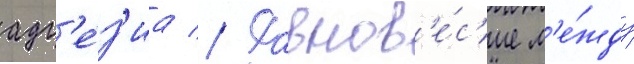
адг'е́з'иа // Равнов'е́с'ие м'е́жду